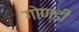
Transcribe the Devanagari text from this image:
गोण्डी